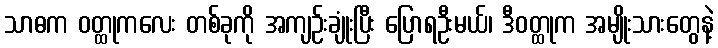
သာဓက ဝတ္ထုကလေး တစ်ခုကို အကျဉ်းချုံးပြီး ပြောရဦးမယ်၊ ဒီဝတ္ထုက အမျိုးသားတွေနဲ့